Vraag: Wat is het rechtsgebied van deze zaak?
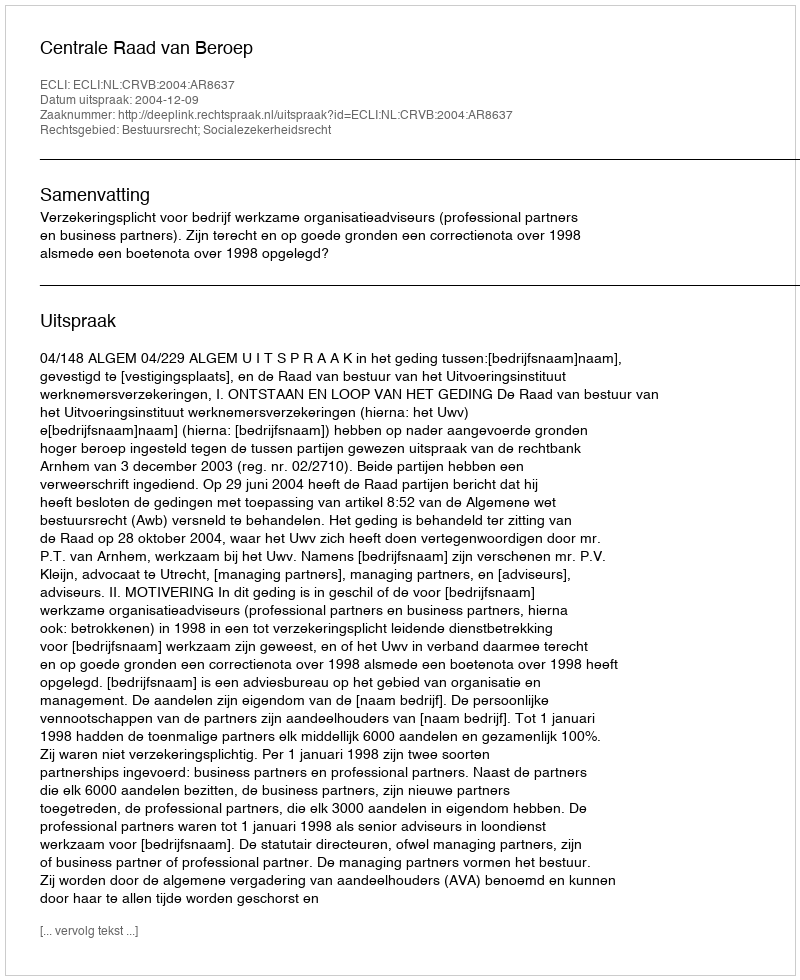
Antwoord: Bestuursrecht; Socialezekerheidsrecht